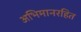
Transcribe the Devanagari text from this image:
अभिमानरहित